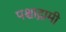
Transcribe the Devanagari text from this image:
पश्चाद्गामी